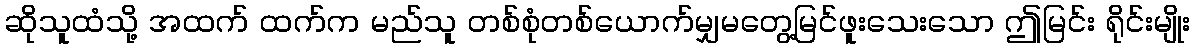
ဆိုသူထံသို့ အထက် ထက်က မည်သူ တစ်စုံတစ်ယောက်မျှမတွေ့မြင်ဖူးသေးသော ဤမြင်း ရိုင်းမျိုး